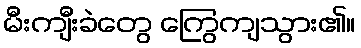
မီးကျီးခဲတွေ ကြွေကျသွား၏။